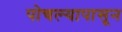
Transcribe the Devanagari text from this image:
पोचल्यापासून